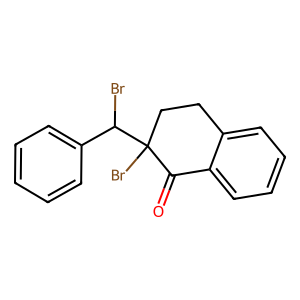
SMILES: O=C1c2ccccc2CCC1(Br)C(Br)c1ccccc1
Inhibits HIV replication: No